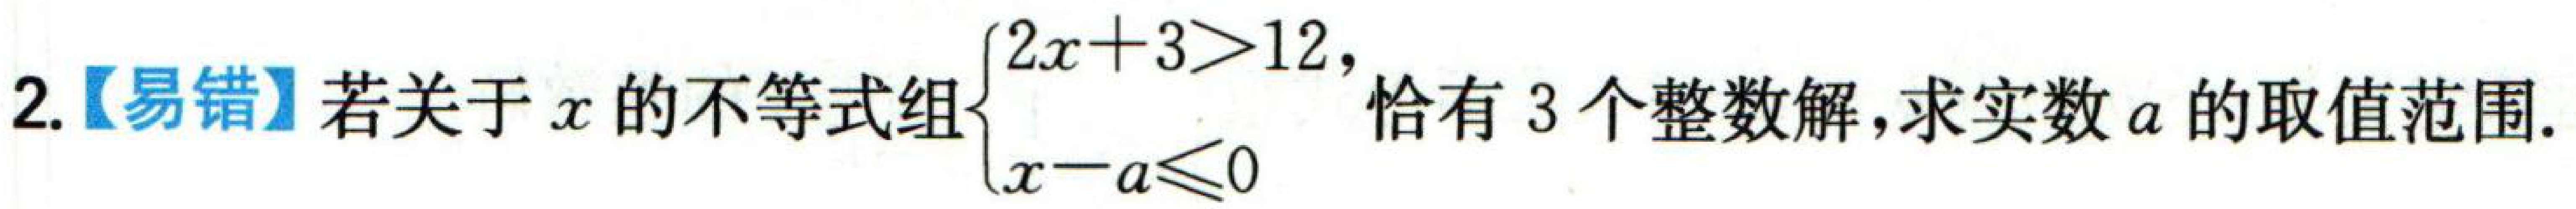
2.【易错】若关于\(x\)的不等式组\(\begin{cases}2x + 3>12 \\ x - a\leqslant0 \end{cases}\)，恰有\(3\)个整数解，求实数\(a\)的取值范围.